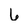
Character: 6